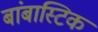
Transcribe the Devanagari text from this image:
बांबास्टिक